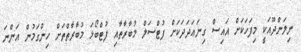
ނިލަންދޫއަކީ މިފަހަކަށް އައިސް ގިނަޢަދަދަކަށް ފުޓްސަލް މުބާރާތާއި ފުޓްބޯޅަ މުބާރާތްތަށް ހިންގަމުން އަންނަ